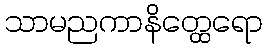
သာမညကာနိတ္ထေရော